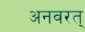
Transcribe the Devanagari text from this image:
अनवरत्